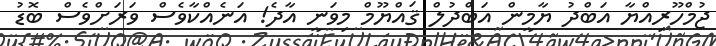
ޖުމްހޫރިއްޔާ އަބްދު ޔާމީން އަބްދުލް ޤައްޔޫމް މިވަނީ އާދެ! އަނެއްކާވެސް ވަރަށްވެސް ބޮޑު